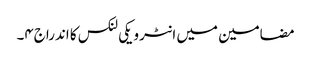
مضامین میں انٹرویکی لنکس کا اندراج۴۔